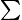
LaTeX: \scriptstyle\sum